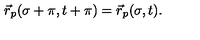
\vec { r } _ { p } ( \sigma + \pi , t + \pi ) = \vec { r } _ { p } ( \sigma , t ) .